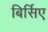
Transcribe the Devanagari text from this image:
बिर्सिए